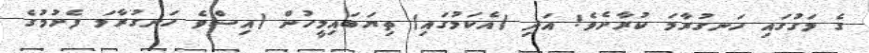
ގެ މަގުގައި ހަނގުރާމަ ކުރާށެވެ! އަދި (އެކަމުގައި) ތިޔަބައިމީހުން (އިސްވެ ހަނގުރާމަ ފެށުމުގެ